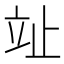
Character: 𣥢